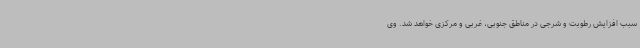
سبب افزایش رطوبت و شرجی در مناطق جنوبی، غربی و مرکزی خواهد شد. وی